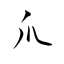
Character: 爪